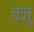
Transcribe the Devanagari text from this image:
वज़ू